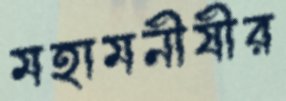
মহামনীষীর